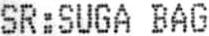
SR:SUGA BAG